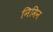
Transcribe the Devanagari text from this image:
निमिन